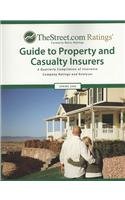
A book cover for Thestreet.com Ratings Guide to Property & Casualty Insurers: Spring 2008 (Weiss Ratings Guide to Property & Casualty Insurers); Business & Money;